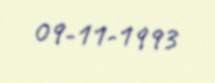
09-11-1993